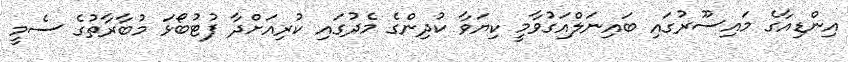
އިންޑިއާގެ މައިސޫރުގައި ބައިނަލްއަގުވާމީ ކިޔަވާ ކުދިންގެ މެދުގައި ކުރިއަށްދާ ފުޓުބޯޅަ މުބާރާތުގެ ސެމީ